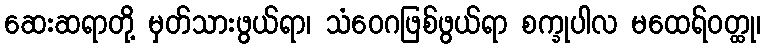
ဆေးဆရာတို့ မှတ်သားဖွယ်ရာ၊ သံဝေဂဖြစ်ဖွယ်ရာ စက္ခုပါလ မထေရ်ဝတ္ထု၊